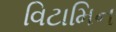
વિટામિન